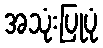
အသုံးပြုပုံ